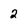
Character: 2